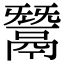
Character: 鬵